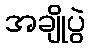
အချိုပွဲ